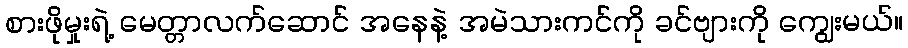
စားဖိုမှုးရဲ့ မေတ္တာလက်ဆောင် အနေနဲ့ အမဲသားကင်ကို ခင်ဗျားကို ကျွေးမယ်။